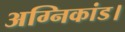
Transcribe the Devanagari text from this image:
अग्निकांड।